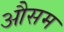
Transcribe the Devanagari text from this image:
औसम